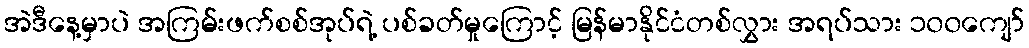
အဲဒီနေ့မှာပဲ အကြမ်းဖက်စစ်အုပ်ရဲ့ ပစ်ခတ်မှုကြောင့် မြန်မာနိုင်ငံတစ်လွှား အရပ်သား ၁၀၀ကျော်